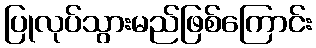
ပြုလုပ်သွားမည်ဖြစ်ကြောင်း